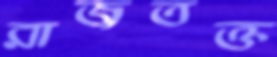
রাজতক্ত